Senior Leaving Certificate Examination (including Day School Certificate (Higher) General paper), 1950
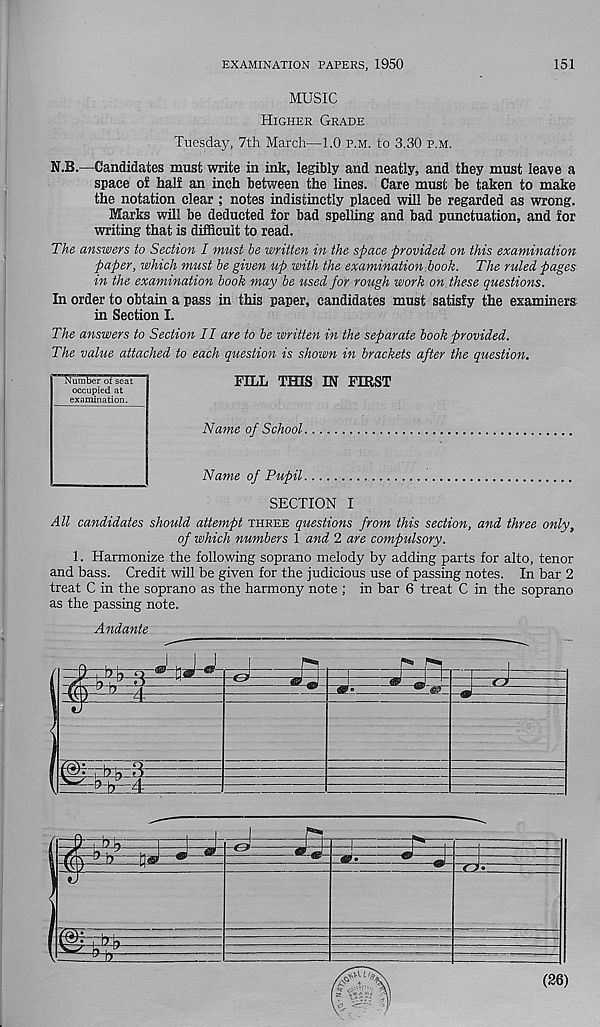
EXAMINATION PAPERS, 1950
151
MUSIC
Higher Grade
Tuesday, 7th March—1.0 p.m. to 3.30 p.m.
N.B.—Candidates must write in ink, legibly and neatly, and they must leave a
space of half an inch between the lines. Care must be taken to make
the notation clear ; notes indistinctly placed will be regarded as wrong.
Marks will be deducted for bad spelling and bad punctuation, and for
writing that is difficult to read.
The answers to Section I must he written in the space provided on this examination
paper, which must he given up with the examination book. The ruled pages
in the examination hook may be used for rough work on these questions.
In order to obtain a pass in this paper, candidates must satisfy the examiners
in Section I.
The answers to Section II are to he written in the separate hook provided.
The value attached to each question is shown in brackets after the question.
Number of seat
occupied at
examination.
FILL THIS IN FIRST
Name of School
Name of Pupil
SECTION I
All candidates should attempt three questions from this section, and three only,
of which numbers 1 and 2 are compulsory.
1. Harmonize the following soprano melody by adding parts for alto, tenor
and bass. Credit will be given for the judicious use of passing notes. In bar 2
treat C in the soprano as the harmony note ; in bar 6 treat C in the soprano
as the passing note.
Andante
1
4
<ES>
jEte==4
(26)